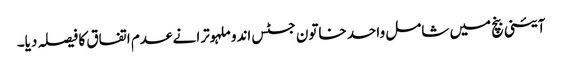
آئینی بنچ میں شامل واحد خاتون جسٹس اندو ملہوترا نے عدم اتفاق کا فیصلہ دیا۔